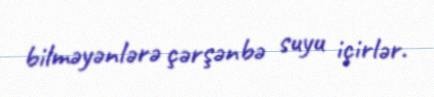
bilməyənlərə çərşənbə suyu içirlər.